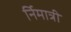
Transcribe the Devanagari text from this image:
र्निमात्री